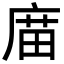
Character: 庿